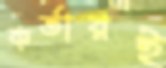
কর্তারই